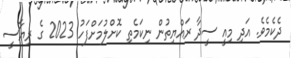
ދެކެމެވެ. އަދި މިއީ ސީދާ ރައްޔިތުން ނިކަމެތި ކޮށްލުމަށްފަހު 2023 ގެ ރިޔާސީ